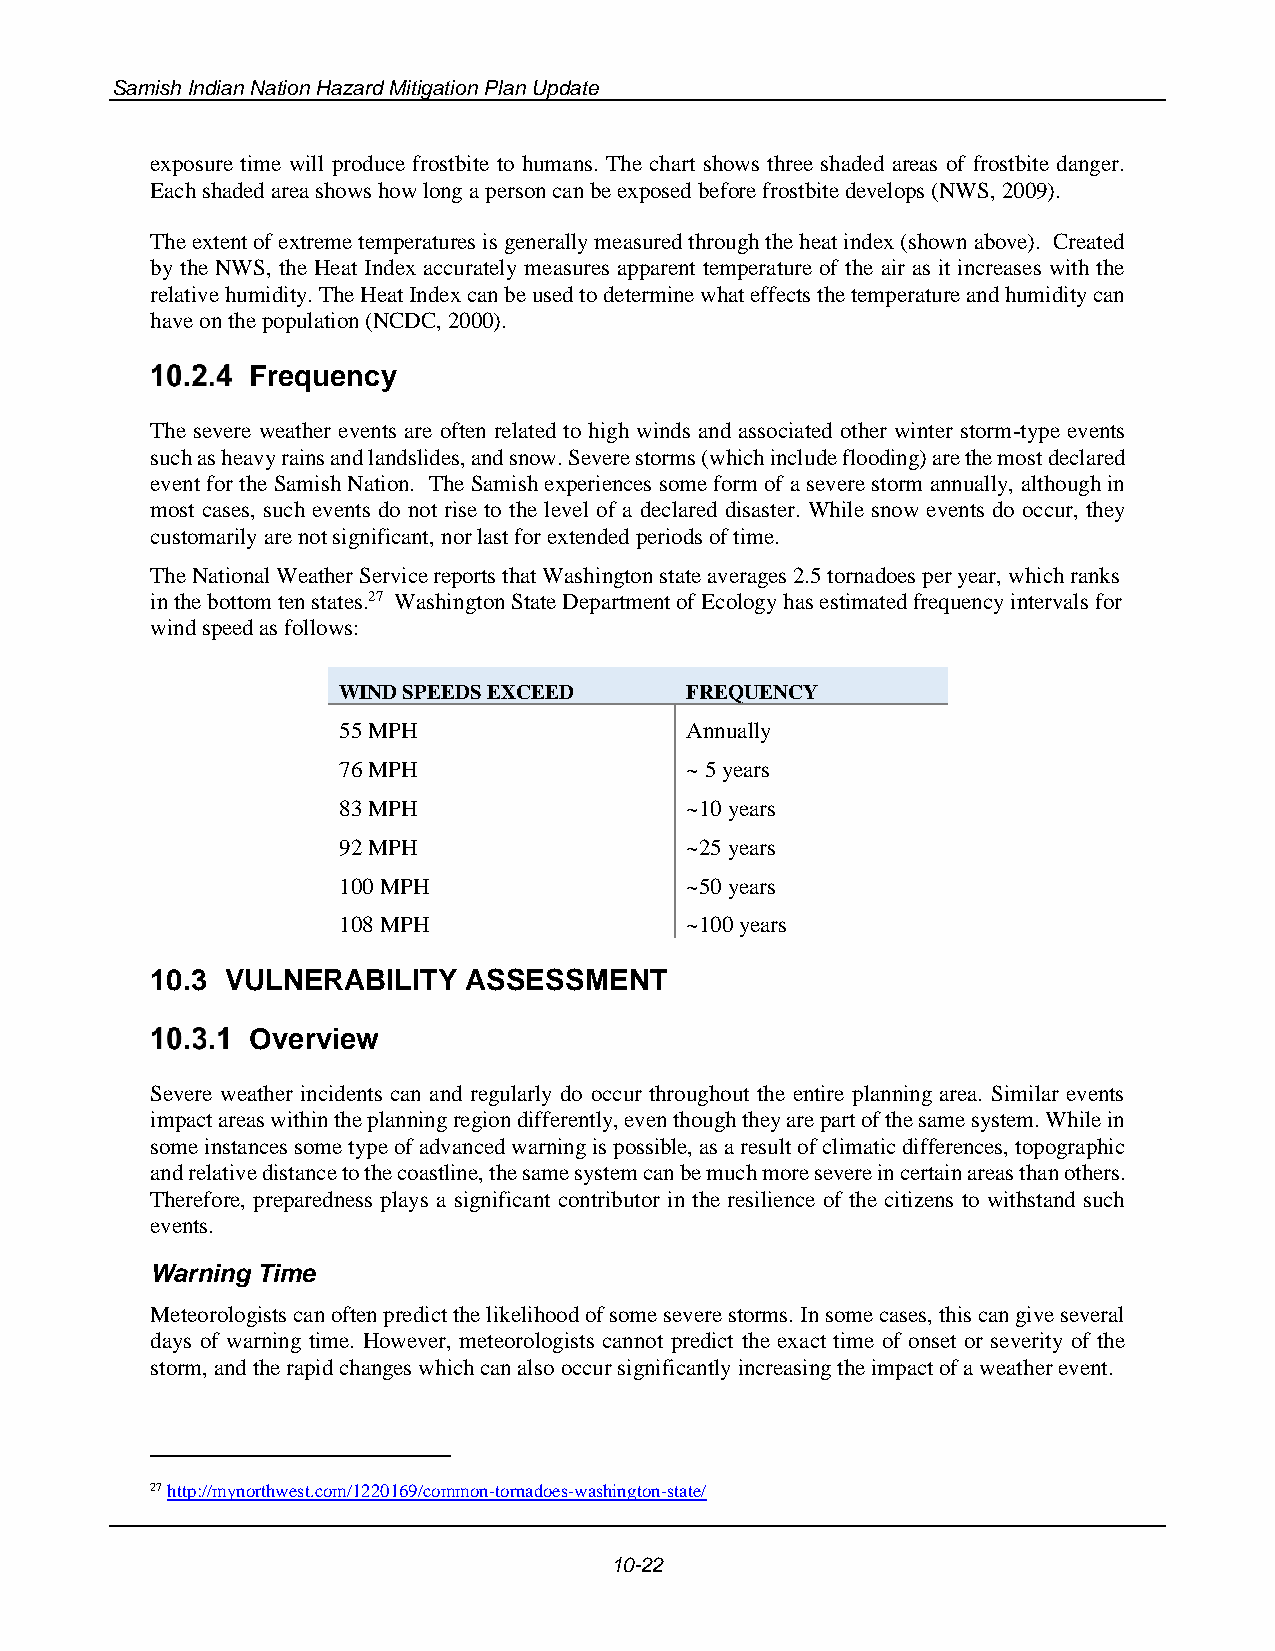
Samish Indian Nation Hazard Mitigation Plan Update
 exposure time will produce frostbite to humans. The chart shows three shaded areas of frostbite danger.
 Each shaded area shows how long a person can be exposed before frostbite develops (NWS, 2009).
 The extent of extreme temperatures is generally measured through the heat index (shown above). Created
 by the NWS, the Heat Index accurately measures apparent temperature of the air as it increases with the
 relative humidity. The Heat Index can be used to determine what effects the temperature and humidity can
 have on the population (NCDC, 2000).
 Frequency
 The severe weather events are often related to high winds and associated other winter storm-type events
 such as heavy rains and landslides, and snow. Severe storms (which include flooding) are the most declared
 event for the Samish Nation. The Samish experiences some form of a severe storm annually, although in
 most cases, such events do not rise to the level of a declared disaster. While snow events do occur, they
 customarily are not significant, nor last for extended periods of time.
 The National Weather Service reports that Washington state averages 2.5 tornadoes per year, which ranks
 in the bottom ten states.27 Washington State Department of Ecology has estimated frequency intervals for
 wind speed as follows:
 WIND SPEEDS EXCEED     FREQUENCY
 55 MPH                 Annually
 76 MPH                 ~ 5 years
 83 MPH                 ~10 years
 92 MPH                 ~25 years
 100 MPH                ~50 years
 108 MPH                ~100 years
 10.3 VULNERABILITY   ASSESSMENT
 Overview
 Severe weather incidents can and regularly do occur throughout the entire planning area. Similar events
 impact areas within the planning region differently, even though they are part of the same system. While in
 some instances some type of advanced warning is possible, as a result of climatic differences, topographic
 and relative distance to the coastline, the same system can be much more severe in certain areas than others.
 Therefore, preparedness plays a significant contributor in the resilience of the citizens to withstand such
 events.
 Warning Time
 Meteorologists can often predict the likelihood of some severe storms. In some cases, this can give several
 days of warning time. However, meteorologists cannot predict the exact time of onset or severity of the
 storm, and the rapid changes which can also occur significantly increasing the impact of a weather event.
 27 http://mynorthwest.com/1220169/common-tornadoes-washington-state/
 10-22